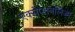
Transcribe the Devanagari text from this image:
एक्सेप्शनलिज्म